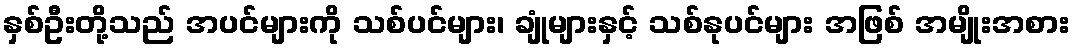
နှစ်ဦးတို့သည် အပင်များကို သစ်ပင်များ၊ ချုံများနှင့် သစ်နုပင်များ အဖြစ် အမျိုးအစား